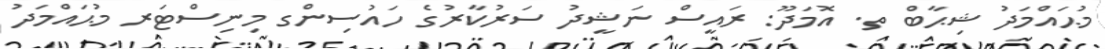
މުޙައްމަދު ޝިޙާބް ތ. އޮމަދޫ: ރައީސް ނަޝީދު ސަރުކާރުގެ ހައުސިންގ މިނިސްޓަރ މުޙައްމަދު